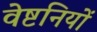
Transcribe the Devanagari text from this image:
वेष्टनियों